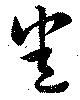
悉